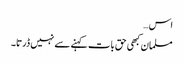
اس…
مسلمان کبھی حق بات کہنے سے نہیں ڈرتا۔